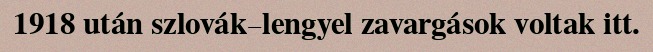
1918 után szlovák–lengyel zavargások voltak itt.